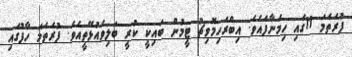
ފުރަތަމަ 11ގައި ހިމަނާފައެވެ. އިބްރަހިމޮވިޗު ޓީމުން ބައިކީ ކުރީ ބަލިވެއުޅޭތީއެވެ. ފުރަތަމަ ހާފުގައި